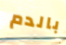
بالدم